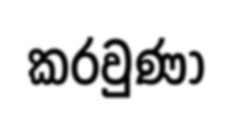
කරවුණා